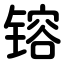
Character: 镕